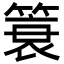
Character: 簑